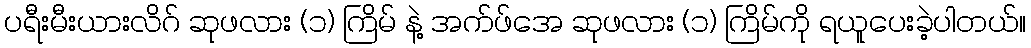
ပရီးမီးယားလိဂ် ဆုဖလား (၁) ကြိမ် နဲ့ အက်ဖ်အေ ဆုဖလား (၁) ကြိမ်ကို ရယူပေးခဲ့ပါတယ်။